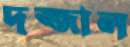
দজ্জাল